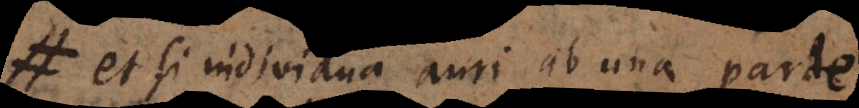
et si individua auri ab una parte